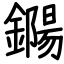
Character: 鐊